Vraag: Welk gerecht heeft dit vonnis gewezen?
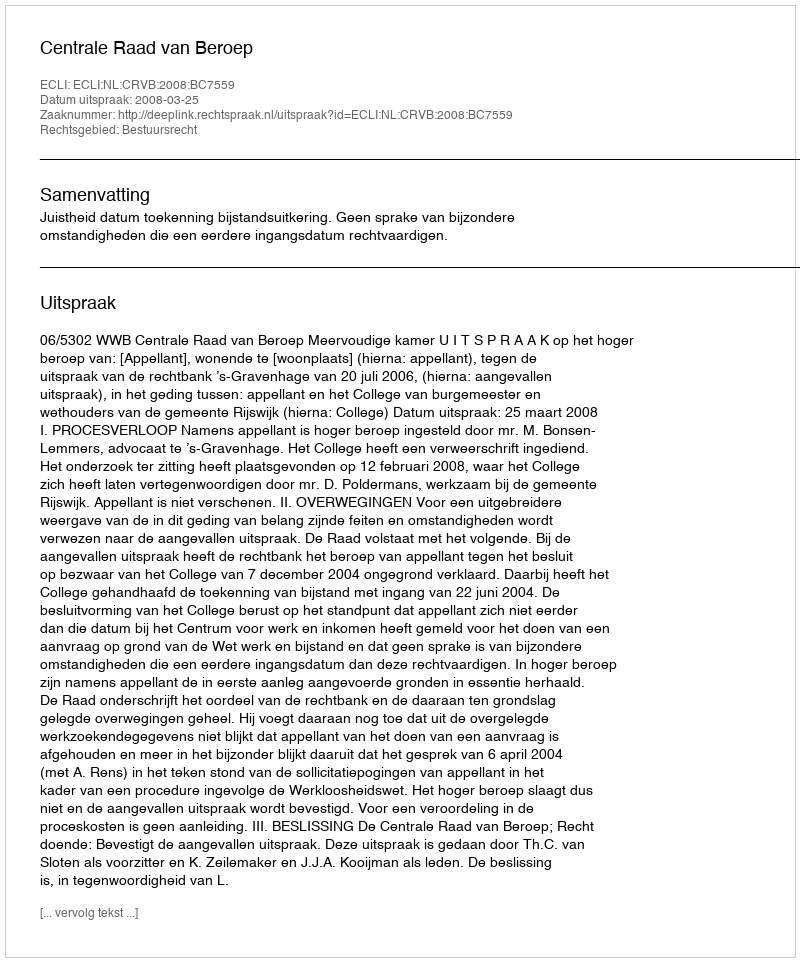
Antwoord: Centrale Raad van Beroep